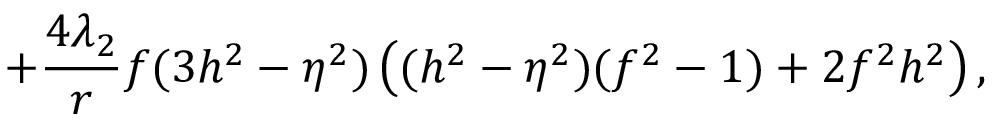
+ \frac { 4 \lambda _ { 2 } } { r } f ( 3 h ^ { 2 } - \eta ^ { 2 } ) \left( ( h ^ { 2 } - \eta ^ { 2 } ) ( f ^ { 2 } - 1 ) + 2 f ^ { 2 } h ^ { 2 } \right) ,